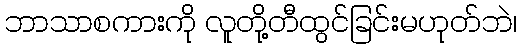
ဘာသာစကားကို လူတို့တီထွင်ခြင်းမဟုတ်ဘဲ၊